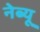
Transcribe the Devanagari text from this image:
नेब्यू